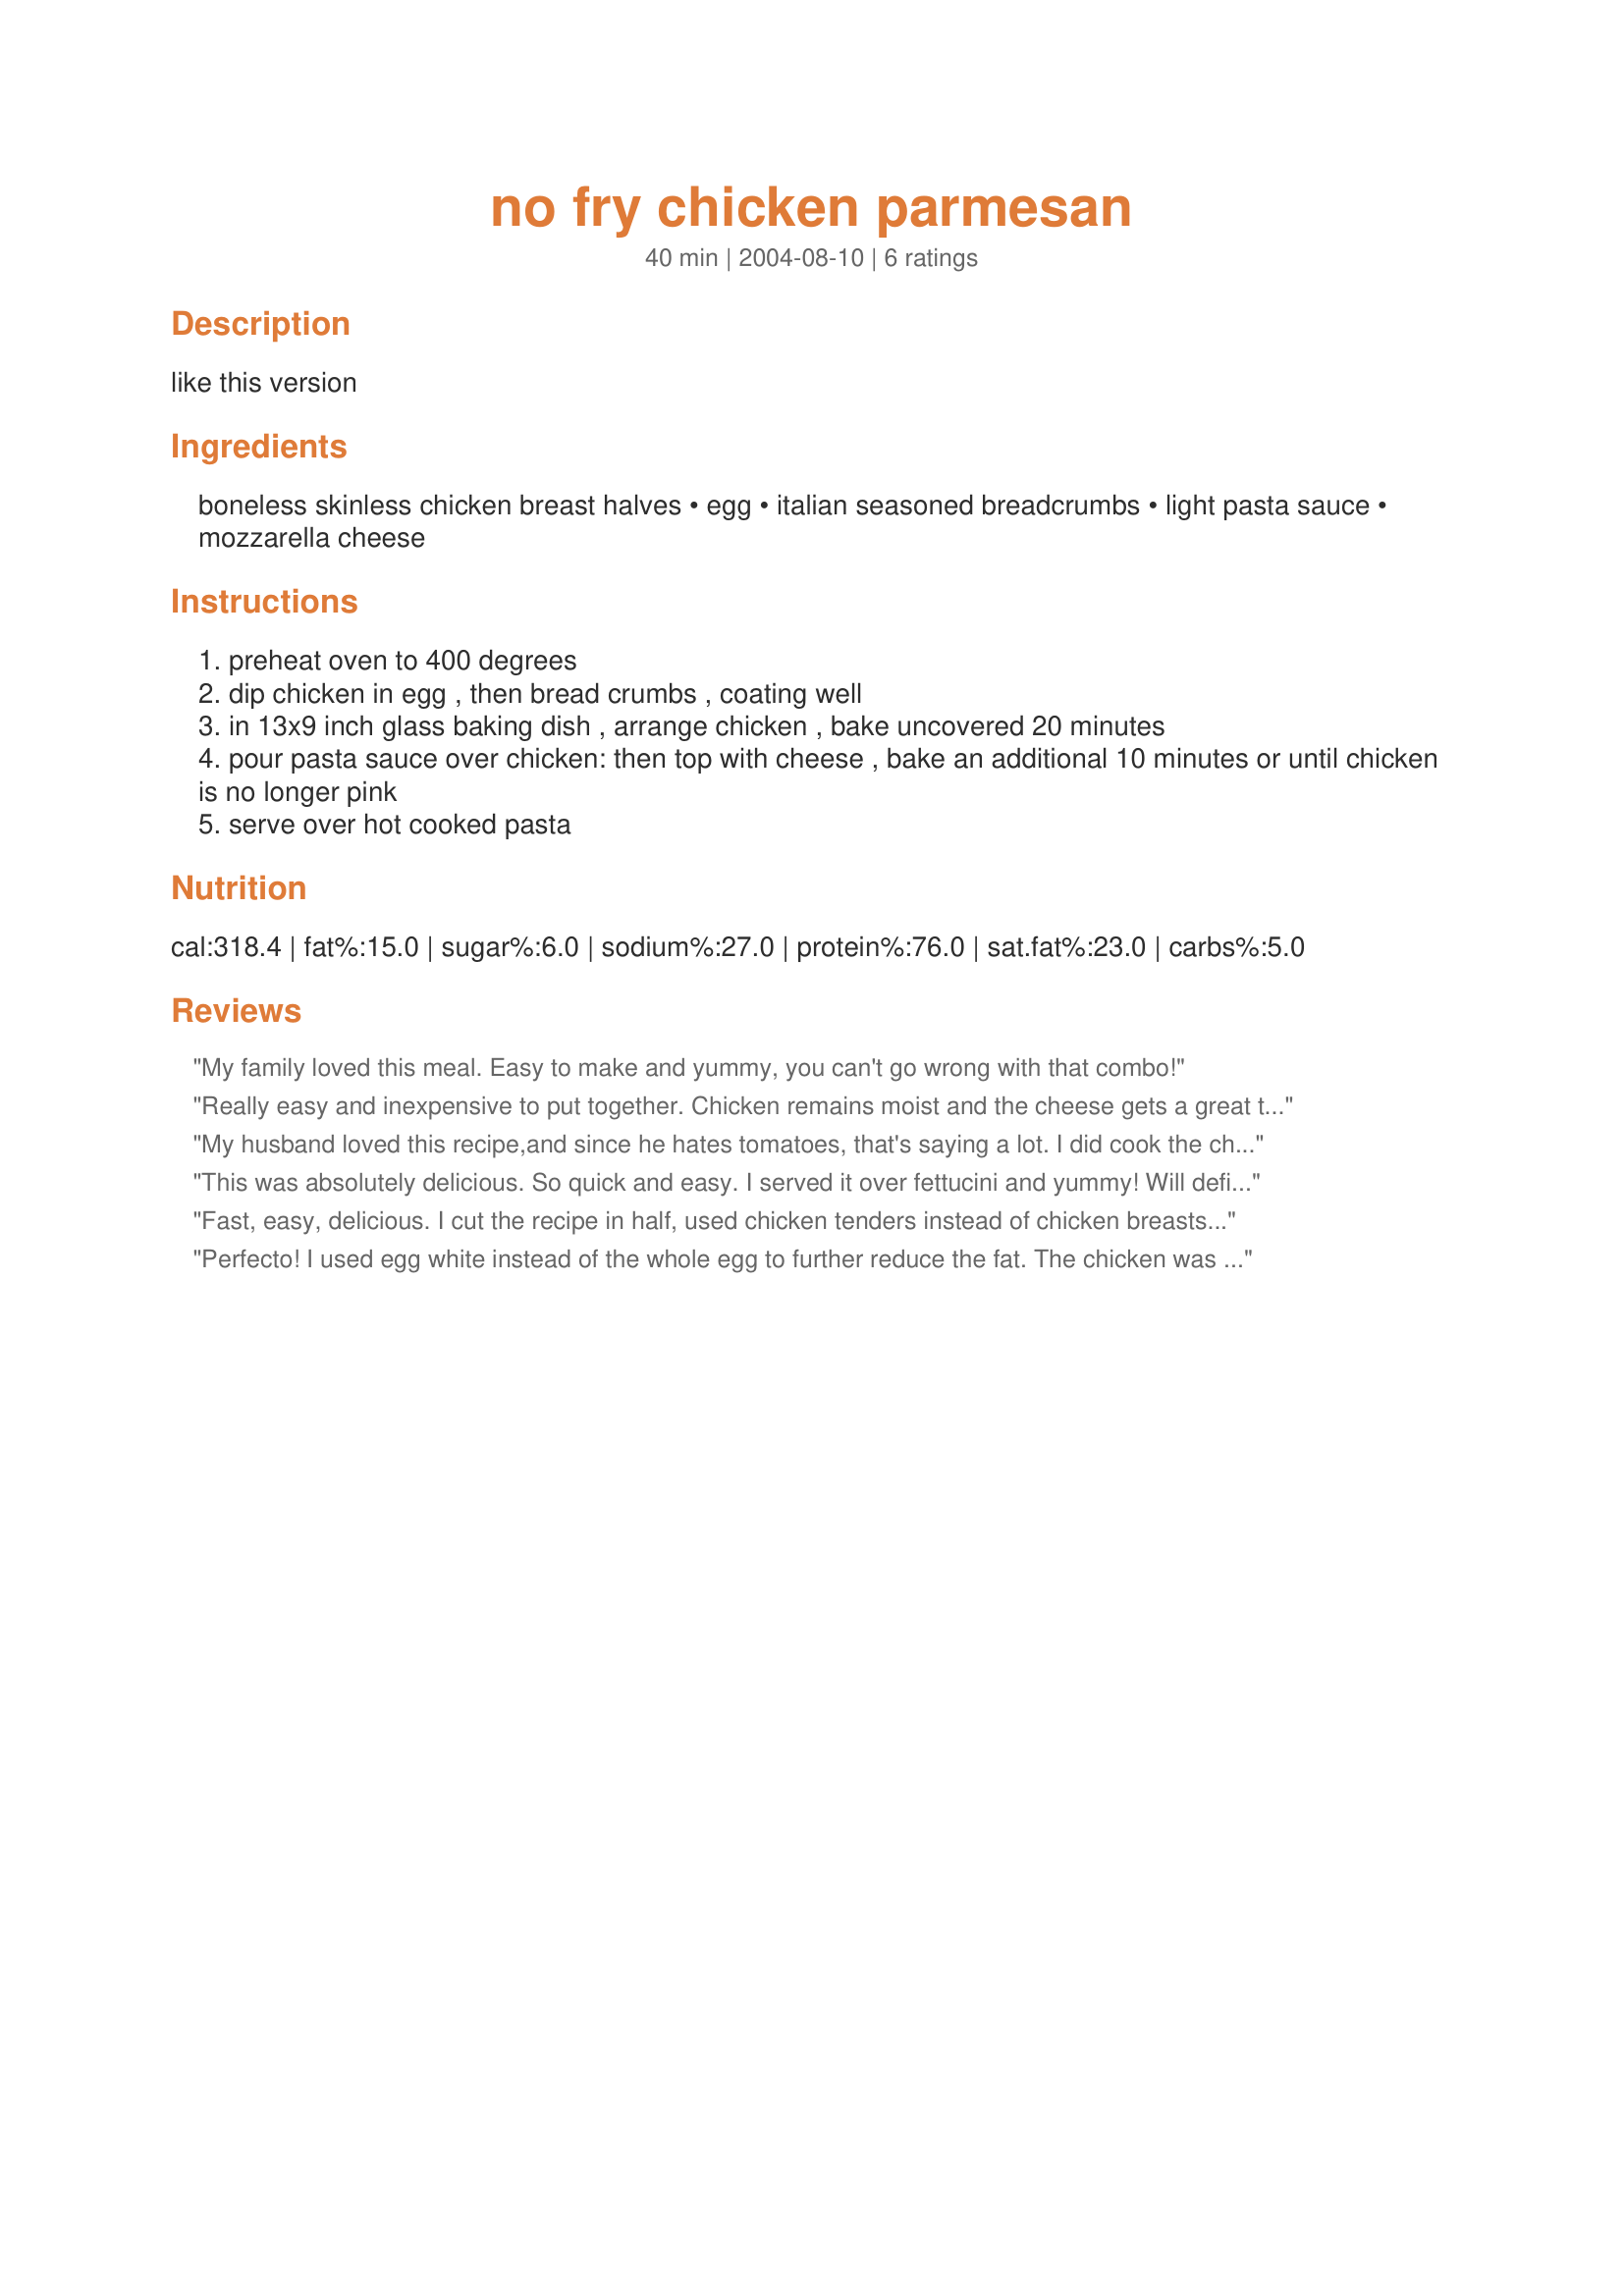
no fry chicken parmesan
Preparation time: 40 minutes

like this version

Ingredients:
boneless skinless chicken breast halves, egg, italian seasoned breadcrumbs, light pasta sauce, mozzarella cheese

Steps:
preheat oven to 400 degrees
dip chicken in egg , then bread crumbs , coating well
in 13x9 inch glass baking dish , arrange chicken , bake uncovered 20 minutes
pour pasta sauce over chicken: then top with cheese , bake an additional 10 minutes or until chicken is no longer pink
serve over hot cooked pasta

Reviews:
My family loved this meal. Easy to make and yummy, you can't go wrong with that combo!
Really easy and inexpensive to put together. Chicken remains moist and the cheese gets a great texture. Highly recommended!
My husband loved this recipe,and since he hates tomatoes, that's saying a lot. I did cook the chicken for thirty minutes and then another ten just to make sure it was cooked thoroughly. I think this is a new addition to our meal rotation!
This was absolutely delicious. So quick and easy. I served it over fettucini and yummy! Will definitely make again. Thanks
Fast, easy, delicious. I cut the recipe in half, used chicken tenders instead of chicken breasts and cut the baking time back to 20 minutes total. Also used recipe #144655 for the sauce.
Perfecto! I used egg white instead of the whole egg to further reduce the fat. The chicken was really moist and it's a great lowfat recipe for my diet arsenal. Thanks!
